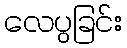
လေပွခြင်း